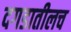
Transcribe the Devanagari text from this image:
दगडातीलच